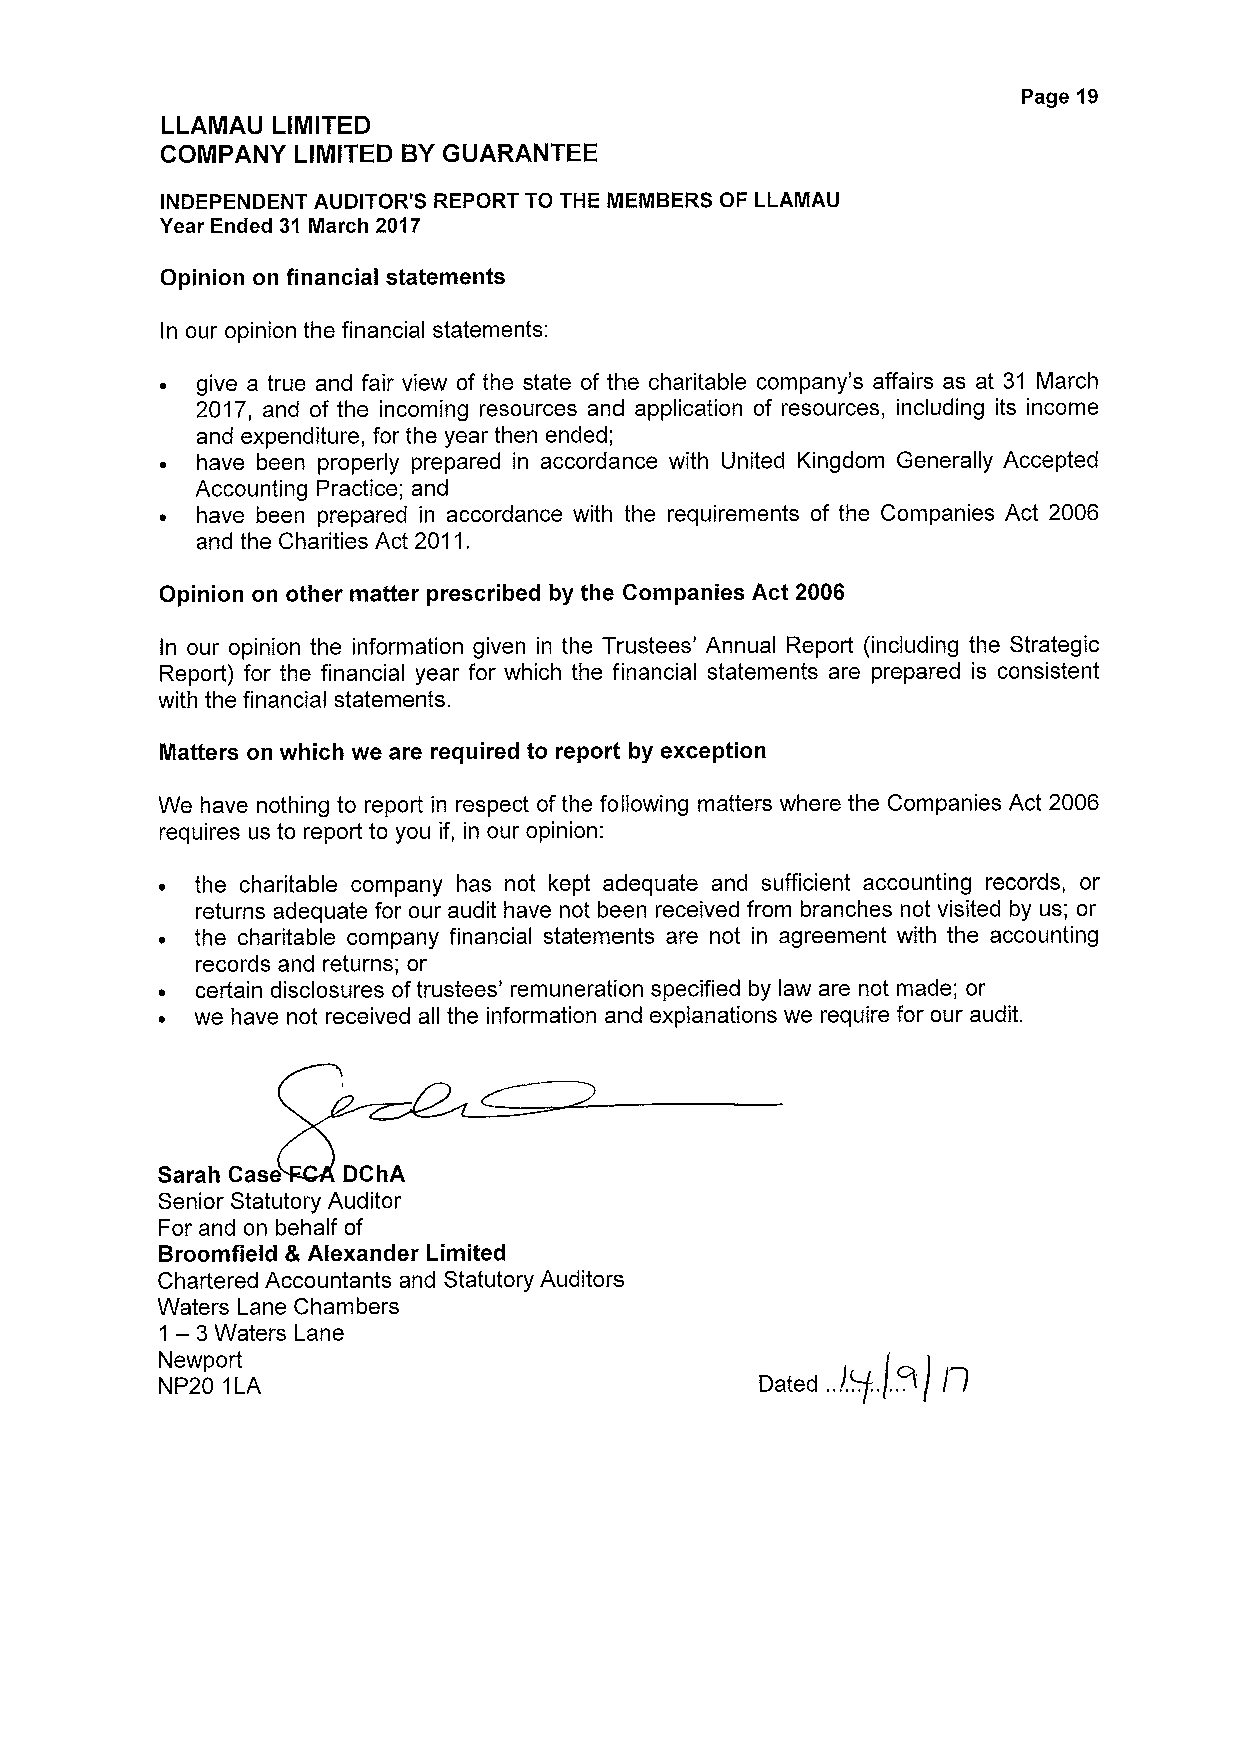
Page 19
 LLAMAU LIMITED
 COMPANY LIMITED BYGUARANTEE
 INDEPENDENT AUDITOR'S REPORT TO THE MEMBERS OF LLAMAU
 Year Ended 31 March 2017
 Opinion on financial statements
 In our opinion the financial statements:
 give a true and fair view of the state of the charitable company's affairs as at. 31 March
 2017, and of the incoming resources and application of resources, including its income
 and expenditure, for the year then ended;
 have been properly prepared in accordance with United Kingdom Generally Accepted
 Accounting Practice; and
 have been prepared in accordance with the requirements of the Companies Act 2006
 and the Charities Act 2011.
 Opinion on other matter prescribed by the Companies Act 2006
 In our opinion the information given in the Trustees' Annual Report (including the Strategic
 Report) for the financial year for which the financial statements are prepared is consistent
 with the financial statements.
 Matters on which we are required to report by exception
 We have nothing to report in respect ofthe following matters where the Companies Act 2006
 requires us to report to you if, in our opinion:
 the charitable company has not kept adequate and sufficient accounting records, or
 returns adequate for our audit have not been received from branches not visited by us; or
 the charitable company financial statements are not in agreement with the accounting
 records and returns; or
 certain disclosures oftrustees' remuneration specified by law are not made; or
 we have not received all the information and explanations we require for our audit.
 Sarah Case   DChA
 Senior Statutory Auditor                        (.
 For and on behalf of
 Broomfield &Alexander Limited
 Chartered Accountants and Statutory Auditors
 Waters Lane Chambers
 1
 —3Waters
 Lane
 Newport
 NP20 1LA                                Dated ..!. ..t.